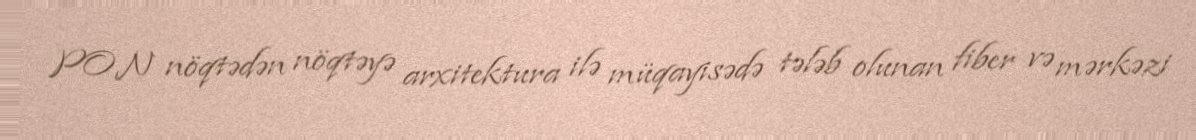
PON nöqtədən nöqtəyə arxitektura ilə müqayisədə tələb olunan fiber və mərkəzi